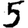
Digit: 5